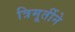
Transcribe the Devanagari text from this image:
त्रिमूर्तीने